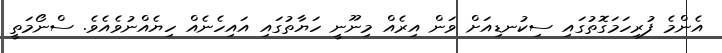
އެންމެ ފުރިހަމަގޮތުގައި ސިކުނޑިއަށް ވަން އިރެއް މިނޫނީ ހަޔާތުގައި އައިހެނެއް ހިޔެއްނުވެއެވެ. ސްނޯމަތީ